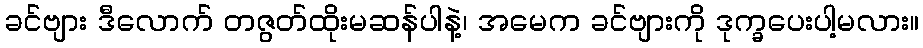
ခင်ဗျား ဒီလောက် တဇွတ်ထိုးမဆန်ပါနဲ့၊ အမေက ခင်ဗျားကို ဒုက္ခပေးပါ့မလား။